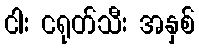
ငါး ငရုတ်သီး အနှစ်